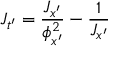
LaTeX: J _ { t ^ { \prime } } = \frac { J _ { x ^ { \prime } } } { \phi _ { x ^ { \prime } } ^ { 2 } } - \frac { 1 } { J _ { x ^ { \prime } } }